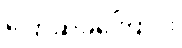
ပြောဆိုခဲ့ကြောင်း